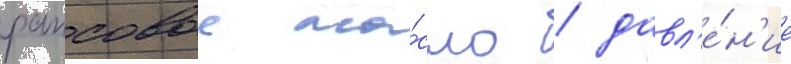
рапсовое ма́сло / давл'е́н'ие